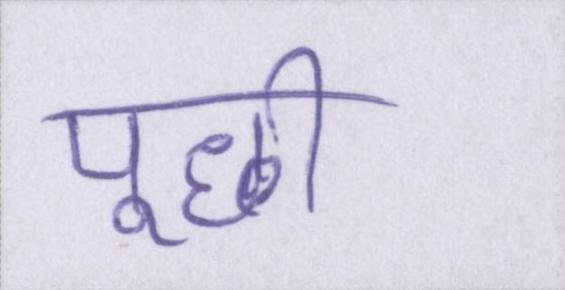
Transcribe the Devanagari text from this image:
पूछी